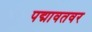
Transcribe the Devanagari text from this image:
पद्मावतवर